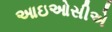
આઇઓસીએ